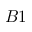
B 1